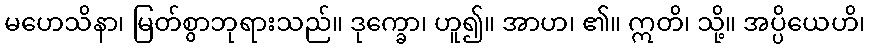
မဟေသိနာ၊ မြတ်စွာဘုရားသည်။ ဒုက္ခော၊ ဟူ၍။ အာဟ၊ ၏။ ဣတိ၊ သို့။ အပ္ပိယေဟိ၊